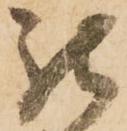
被